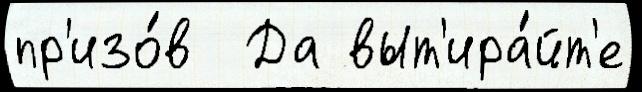
пр'изо́в  Да выт'ира́йт'е